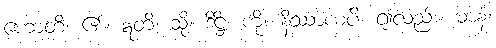
ဟောတိ၊ ၏။ ဣတိ၊ သို့။ ဒိဋ္ဌိံ၊ ကို။ နိဿာယပိ၊ ၍လည်း။ မာနံ၊